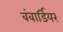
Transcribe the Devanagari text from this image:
बंबार्डियर